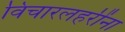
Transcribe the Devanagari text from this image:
विचारलहरींना